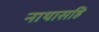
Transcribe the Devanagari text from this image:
नाथासहि